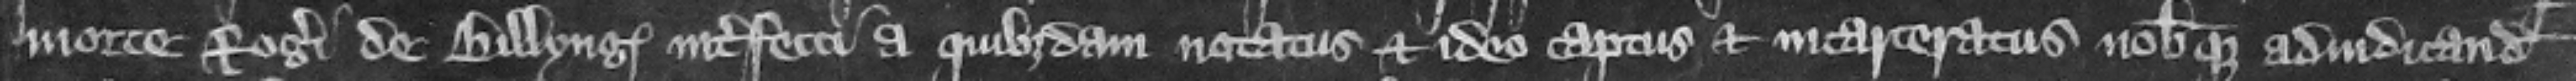
morte Roger de Billyng interfecti a quibusdam notatus et ideo captus et incarceratus nobisque adiudicandus